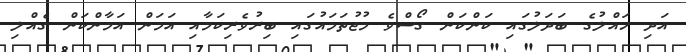
އަދި ހައްލުގެ ބަދަލުގައި ކަންކަން ގޯސްވެ މުޖުތަމައުގައި ބިރުވެރިކަމާއި އަމަން އަމާންކަން ގެއްލި